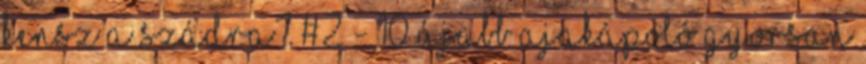
kensz a szádra? #2 - 10 újabb ajakápoló Gyorsan